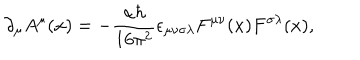
LaTeX: \partial _ { \mu } A ^ { \mu } ( x ) = - \frac { \alpha \hbar } { 1 6 \pi ^ { 2 } } \epsilon _ { \mu \nu \sigma \lambda } F ^ { \mu \nu } ( x ) F ^ { \sigma \lambda } ( x ) ,